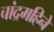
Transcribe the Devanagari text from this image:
चांद्रमहिने